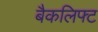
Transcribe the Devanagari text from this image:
बैकलिफ्ट